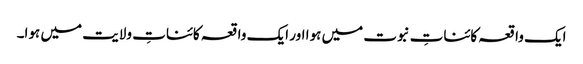
ایک واقعہ کائناتِ نبوت میں ہوا اور ایک واقعہ کائناتِ ولایت میں ہوا۔